Lunatic asylums Punjab 1881-1894 - 1881-1894
Year: 1881
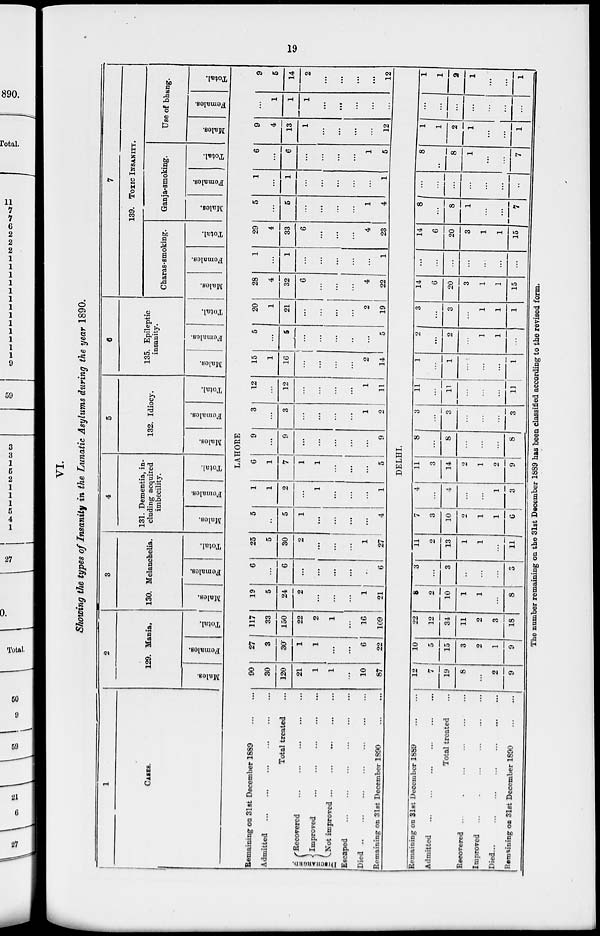
19
VI.
Showing the types of Insanity in the Lunatic Asylums during the year 1890.
1
CASES.
2
129. Mania.
Males.
Females.
Total.
3
130. Melanchelia.
Males.
Females.
Total.
4
131. Dementia, in-
cluding acquired
imbecility.
Males.
Females.
Total.
5
132. Idiocy.
Males.
Females.
Total.
6
135. Epileptic
insanity.
Males.
Females.
Total.
7
139. TOXIC INSANITY.
Charas-smoking.
Males.
Females.
Total.
Ganja-smoking.
Males.
Females.
Total.
Use of bhang.
Males.
Females.
Total.
LAHORE
Remaining on 31st December 1889
...
...
Admitted ... ... ... ... ... ...
Total treated ...
DISCHARGED.
Recovered ... ... ... ... ...
Improved
...
...
...
...
...
Not improved
...
...
...
...
...
Escaped
...
...
...
...
...
...
Died
...
...
...
...
...
...
Remaining on 3lst December 1890
...
...
90
30
120
21
1
1
...
10
87
27
3
30
1
1
...
6
22
117
33
150
22
2
1
...
16
109
19
5
24
2
...
...
...
1
21
6
...
6
...
...
...
...
...
6
25
5
30
2
...
...
...
1
27
5
...
5
1
...
...
...
...
4
1
1
2
...
1
...
...
...
1
6
1
7
1
1
...
...
...
5
9
...
9
...
...
...
...
...
9
3
...
3
...
...
...
...
1
2
12
...
12
...
...
...
...
1
11
15
1
16
...
...
...
2
14
5
...
5
1. . .
...
...
5
20
1
21
...
...
...
...
2
19
28
4
32
6
...
...
...
4
22
1
...
1
...
...
...
...
...
1
29
4
33
6
...
...
...
4
23
5
...
5
...
...
...
...
1
4
1
...
1
...
...
...
...
...
1
6
...
6
...
...
...
...
1
5
9
4
13
1
...
...
...
...
12
...
1
1
1
...
...
...
...
9
5
14
2
...
...
...
...
12
DELHI.
Remaining on 31st December 1889
...
...
Admitted ... ... ... ... ... ...
Total treated ...
Recovered ... ... ... ... ... ...
Improved ... ... ... ... ... ...
Died
...
...
...
...
...
...
Remaining on 31st December 1890
...
...
12
7
19
8
...
2
9
10
5
15
3
2
1
9
22
12
34
11
2
3
18
8
2
10
1
1
...
8
3
...
3
...
...
...
3
11
2
13
1
1
...
11
7
3
10
2
1
1
6
4
...
4
...
...
1
3
11
3
14
2
1
2
9
8
...
8
...
...
...
8
3
...
3
...
...
...
3
11
...
11
...
...
11
1
...
1
...
...
...
1
2
...
2
...
1
1
3
...
3
...
1
1
1
14
6
20
3
1
1
15
...
...
...
...
...
...
...
14
6
20
3
1
1
15
8
8
1
...
...
7
...
...
...
...
...
...
8
..
8
1
...
...
7
1
1
2
1
...
...
1
... ...
...
...
...
...
...
1
1
2
1
...
...
1
The number remaining on the 31st December 1889 has been classified according to the revised form.